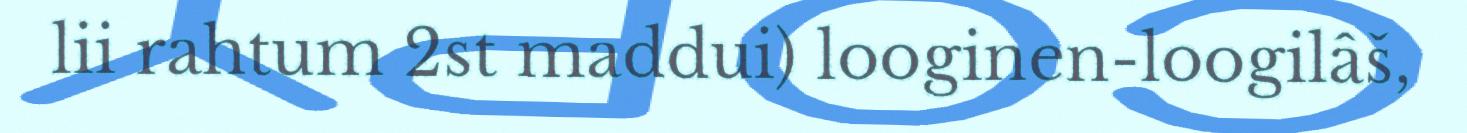
lii rahtum 2st maddui) looginen-loogilâš,